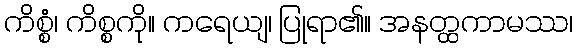
ကိစ္စံ၊ ကိစ္စကို။ ကရေယျ၊ ပြုရာ၏။ အနတ္ထကာမဿ၊